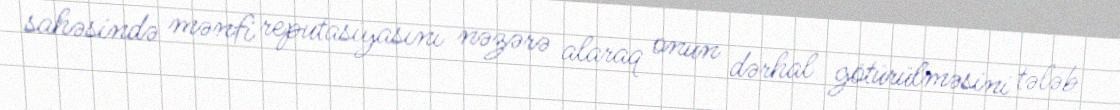
sahəsində mənfi reputasiyasını nəzərə alaraq onun dərhal götürülməsini tələb